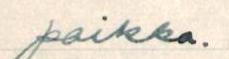
paikka.